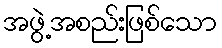
အဖွဲ့အစည်းဖြစ်သော